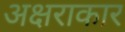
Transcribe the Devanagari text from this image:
अक्षराकार